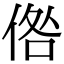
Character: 倃